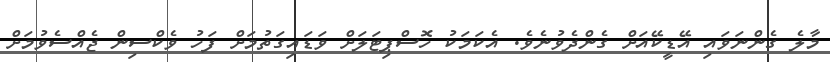
މާލެ ގެންނަވައި އޭޑީކޭއަށް ގެންދެވުނެވެ. އެކަމަކު ހޮސްޕިޓަލަށް ވަޑައިގަތުމަށް ފަހު ވެކްސިން ޖެއްސެވުމަށް